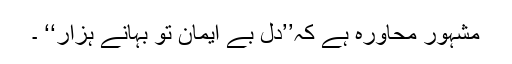
مشہور محاورہ ہے کہ’’دل بے ایمان تو بہانے ہزار‘‘ ۔